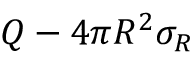
Q - 4 \pi R ^ { 2 } \sigma _ { R }